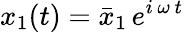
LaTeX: x_{1}(t)=\bar{x}_{1}\, e^{i\, \omega\, t}